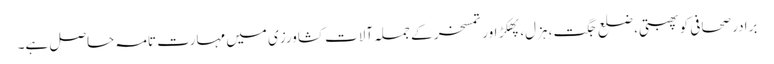
برادر صحافی کو پھبتی، ضلع جگت، ہزل، پھکڑ اور تمسخر کے جملہ آلات کشاورزی میں مہارت تامہ حاصل ہے۔